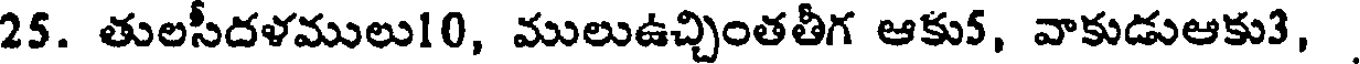
25. తులసీదళములు10, ములుఉచ్చింతతీగ ఆకు5, వాకుడుఆకు3,